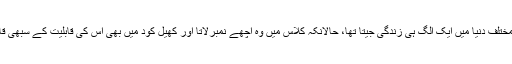
وہ ایک مختلف دنیا میں ایک الگ ہی زندگی جیتا تھا، حالانکہ کلاس میں وہ اچھے نمبرلاتا اور کھیل کود میں بھی اس کی قابلیت کے سبھی قائل تھے۔